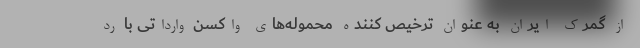
از گمرک ایران به عنوان ترخیص کننده محموله‌های واکسن وارداتی با رد